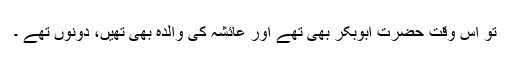
تو اس وقت حضرت ابوبکرؓ بھی تھے اور عائشہؓ کی والدہ بھی تھیں، دونوں تھے ۔